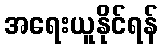
အရေးယူနိုင်ရန်